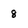
Character: 8